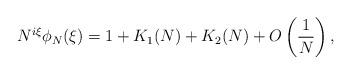
LaTeX: \begin{align*}N^{i \xi} \phi_N(\xi) = 1 + K_1(N) + K_2(N) + O\left(\frac{1}{N}\right),\end{align*}